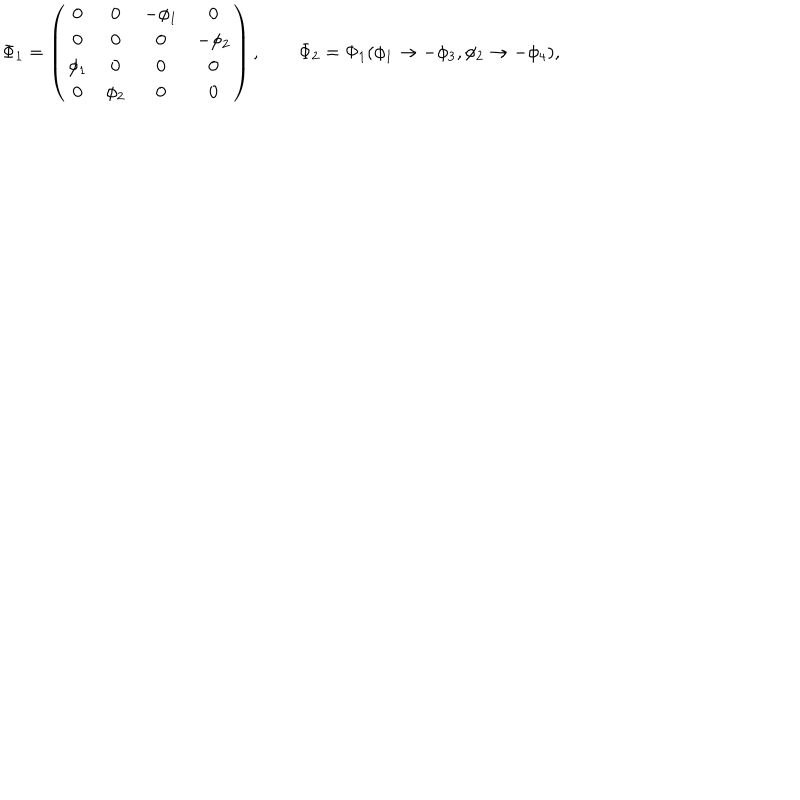
\Phi _ { 1 } = \left( \begin{array} { c c c c } { { 0 } } & { { 0 } } & { { - \phi _ { 1 } } } & { { 0 } } \\ { { 0 } } & { { 0 } } & { { 0 } } & { { - \phi _ { 2 } } } \\ { { \phi _ { 1 } } } & { { 0 } } & { { 0 } } & { { 0 } } \\ { { 0 } } & { { \phi _ { 2 } } } & { { 0 } } & { { 0 } } \\ \end{array} \right) , \qquad \Phi _ { 2 } = \Phi _ { 1 } ( \phi _ { 1 } \to - \phi _ { 3 } , \phi _ { 2 } \to - \phi _ { 4 } ) ,